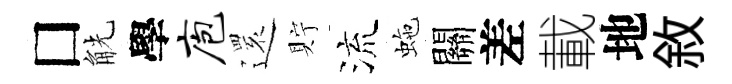
□觥學庖𮟃貯流虵關差載地敘